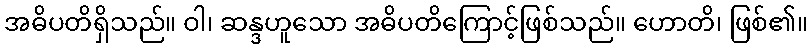
အဓိပတိရှိသည်။ ဝါ၊ ဆန္ဒဟူသော အဓိပတိကြောင့်ဖြစ်သည်။ ဟောတိ၊ ဖြစ်၏။